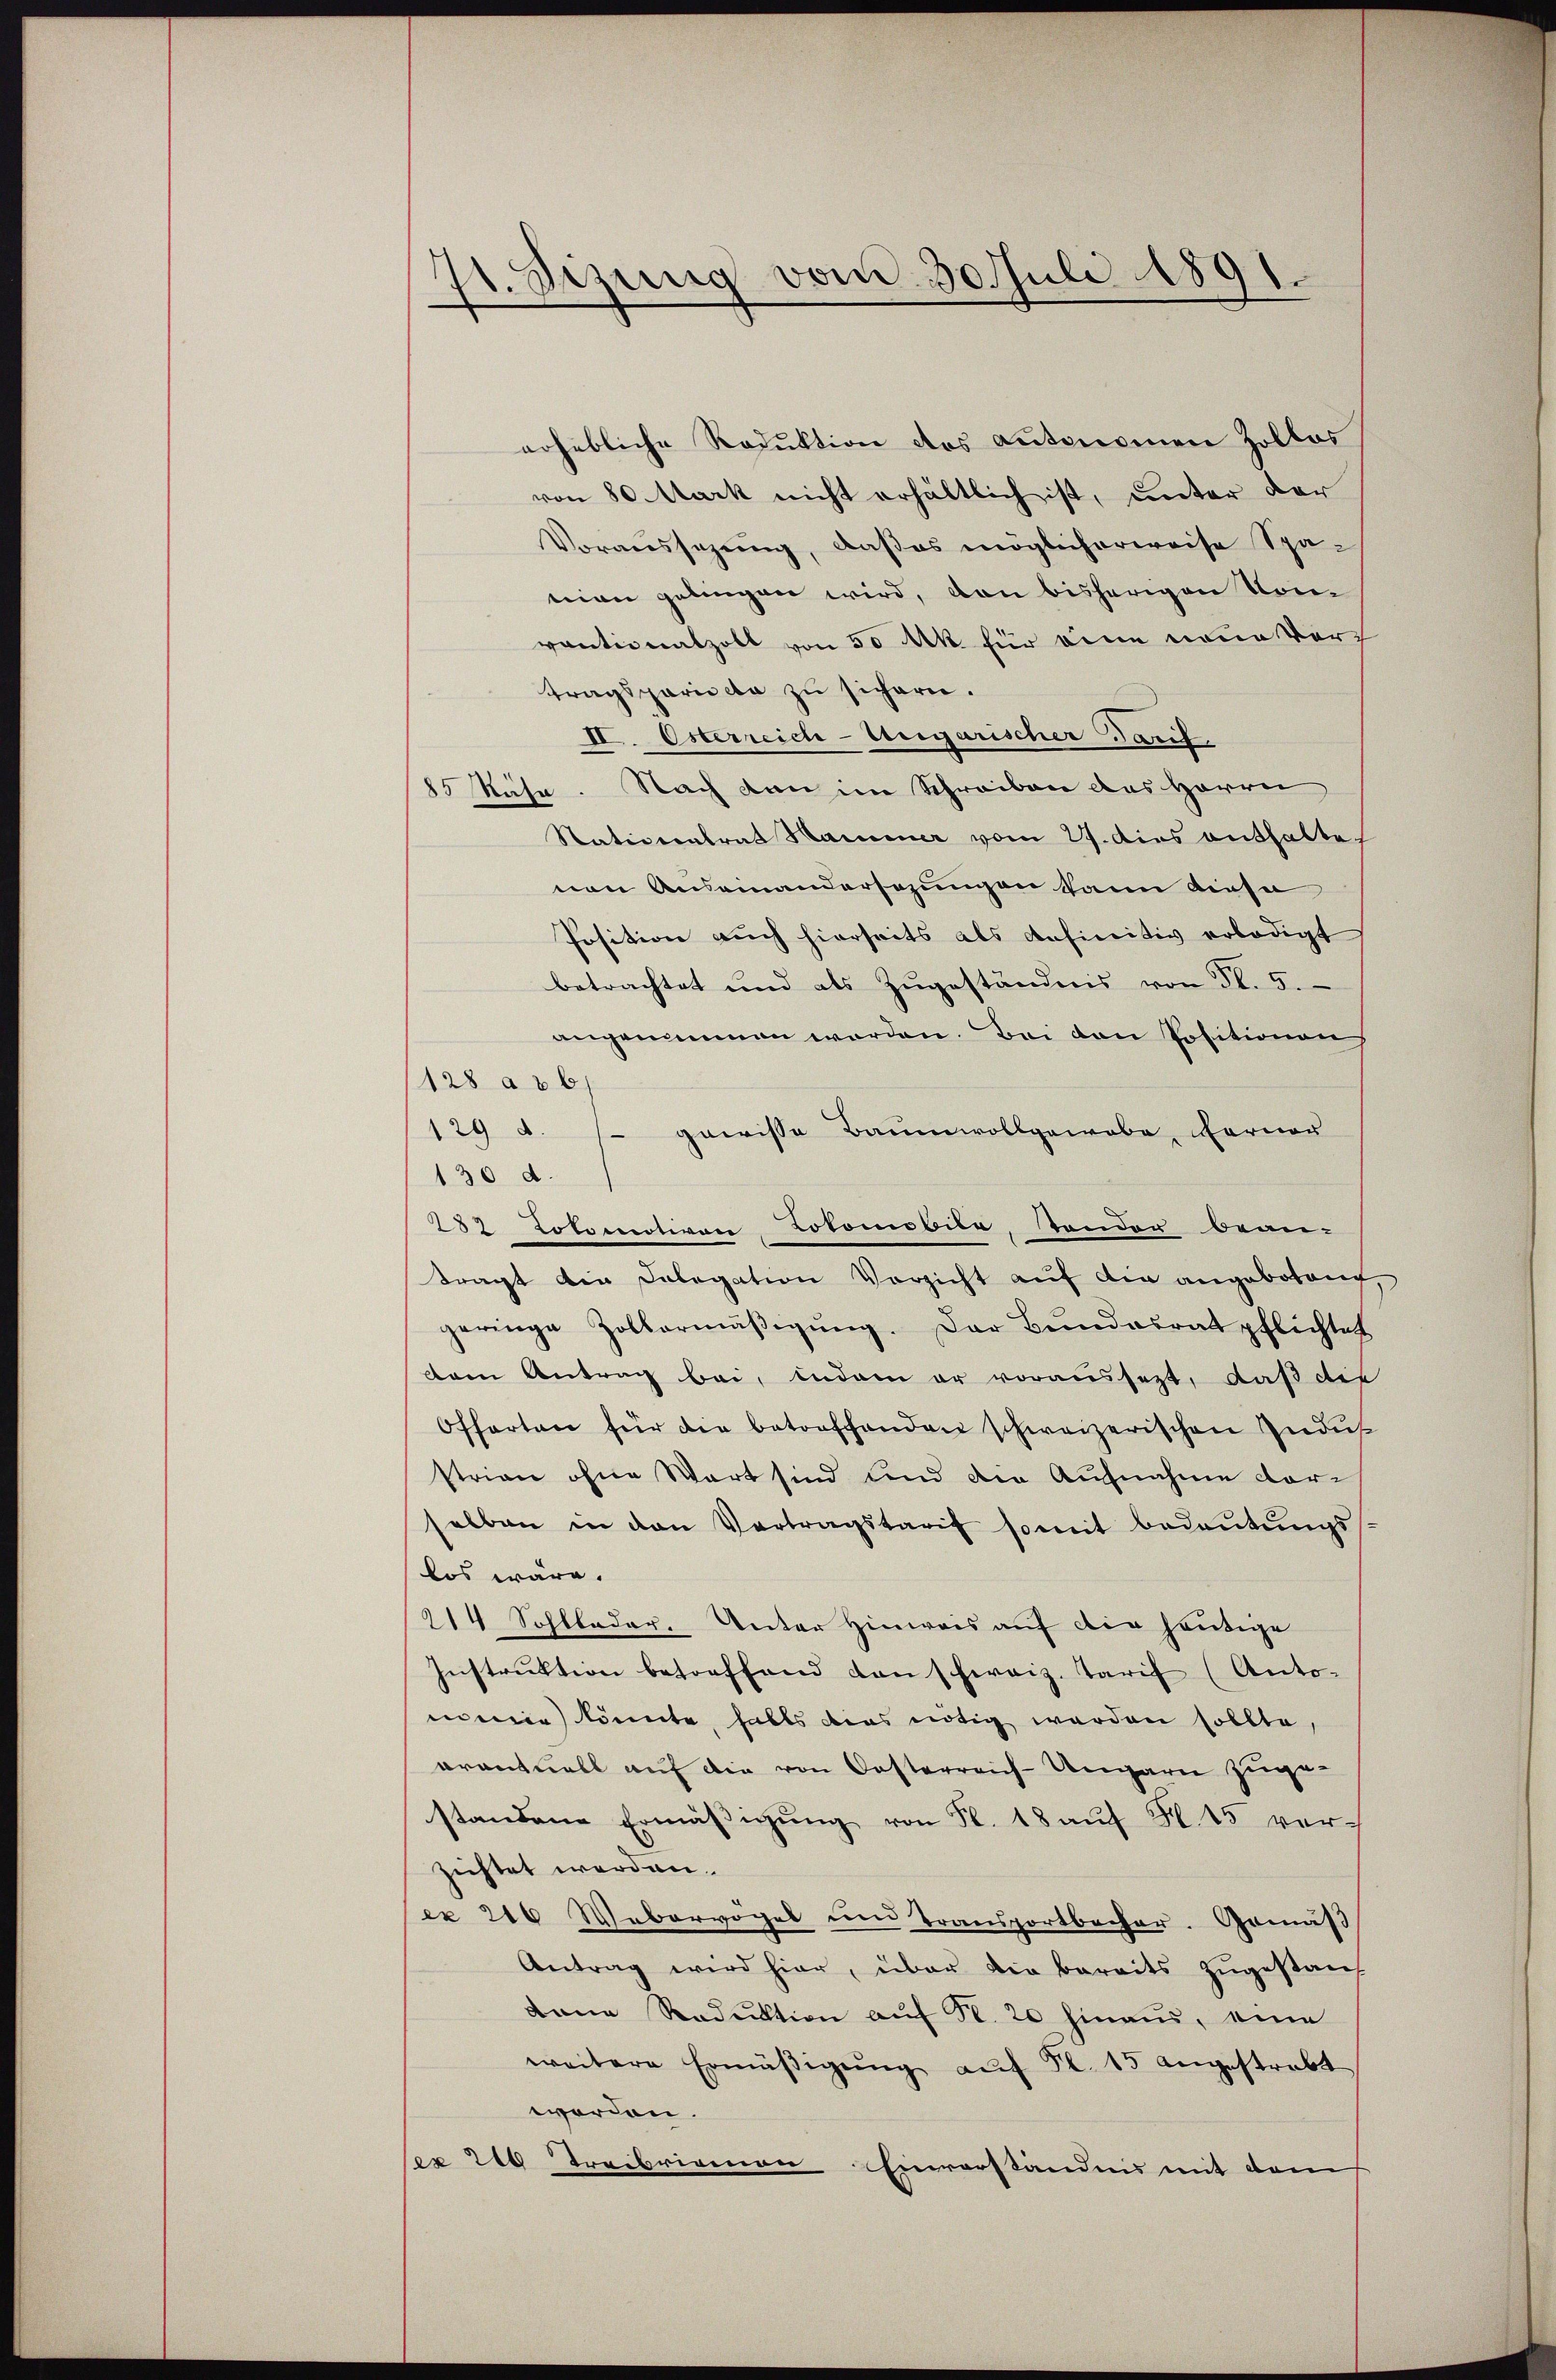
1. Sizung vom 30. Juli 1891.

erhebliche Reduktion des Autonomen Zollos
von 80 Mark nicht erhältlich ist, unter der
Voraussezung, daß es möglicherweise Spa-
nion gelingen wird, von bisherigen Komvantionalzolt von 50 Mk. für eine neue Vortragspariecta zu sichern.
II. Osterreich-Ungarischer Tarif
85 Nähe. Nach den im Schreiben des Herren
Satiscontrat Hammer vom 27. dies enthaltevon Auseinandersezungen kann diese
Position auch hierseits als definitiv erledigt
betrachtet und als Zugeständnis von Fl. 5.
angenommen worden. Bei den Positionen
128 a 86)
129 d.
gewisse Baumwollgewebe, ferner
130 d.
287 Lokomotivon Cotomobile, sonder bean-
tragt die Delegation Verzicht auf die angeboten,
geringe Zollermäßigung. Der Bundesrat pflichtet
dem Antrag bei, indem er voraussetzt, daß die
Offarten für die betreffenden schweizerischen Indus
strian ohne Wort sind und die Aufnahme dorselben in den Vertragstarif somit bedeŭtŭngs-
los wäre.
214 Sohlleder. Unter Hinweis auf die heutige
Instrŭktion betreffend danschweiz. Tarif (Anto-
menen könnte, halts dies nötig werden sollte,
arantuell auf die von Oesterreich-Ungarn zuge-
standene Ermäßigung von Fr. 18 auf S. 15 verzichtet werden.
ex 216 Webervögel und Transportbacher. Gemäß
Antrag wird hier, über die bereits zŭgestanz
tane Reduktion auf Nr. 20 hinaus, eine
weitere Ermäβigŭng aŭf S. 15 angestrebt
worden.
ex 240 Treibriannen
Einverständnis mit dem